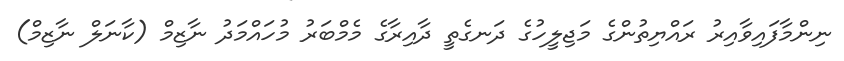
ނިންމާފައިވާއިރު ރައްޔިތުންގެ މަޖިލީހުގެ ދަނގެތީ ދާއިރާގެ މެމްބަރު މުހައްމަދު ނާޒިމް (ކާނަލް ނާޒިމް)